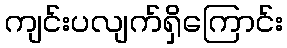
ကျင်းပလျက်ရှိကြောင်း